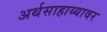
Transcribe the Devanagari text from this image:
अर्थसाहाय्यावर